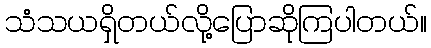
သံသယရှိတယ်လို့ပြောဆိုကြပါတယ်။